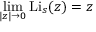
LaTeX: \operatorname* { l i m } _ { | z | \to 0 } \operatorname { L i } _ { s } ( z ) = z